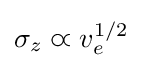
\sigma _{z}\varpropto v_{e}^{1/2}